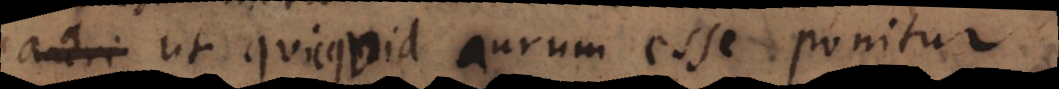
ut quicquid aurum esse ponitur